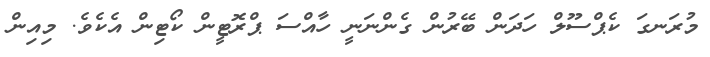
މުރަނގަ ކެޕްސޫލް ހަދަން ބޭރުން ގެންނަނީ ހާއްސަ ޕްރޮޓީން ކޯޓިން އެކެވެ. މިއިން